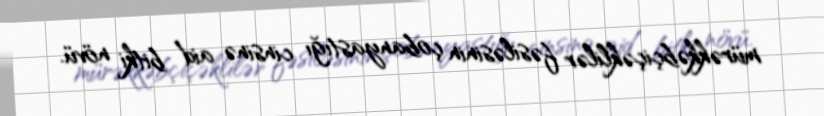
mürəkkəbçiçəklilər fəsiləsinin çobanyastığı cinsinə aid bitki növü.